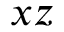
x z